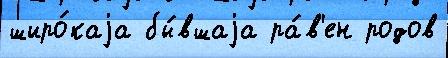
широ́каjа бы́вшаjа ра́в'ен родов